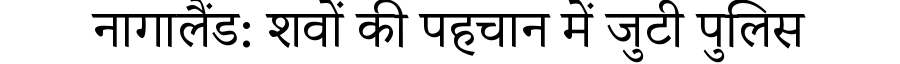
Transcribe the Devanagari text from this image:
नागालैंड: शवों की पहचान में जुटी पुलिस